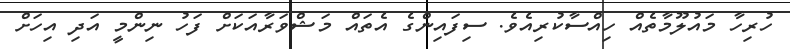
ހުރިހާ މައުލޫމާތެއް ހިއްސާކުރިއެވެ. ސިފައިންގެ އެތައް މަޝްވަރާއަކަށް ފަހު ނިންމީ އަދި އިހަށް